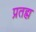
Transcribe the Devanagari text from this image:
प्रतह्म